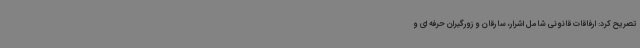
تصریح کرد: ارفاقات قانونی شامل اشرار، سارقان و زورگیران حرفه ای و